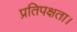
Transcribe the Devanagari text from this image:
प्रतिपक्षता।